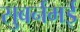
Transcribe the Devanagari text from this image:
सुबर्नमई